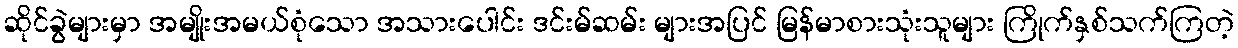
ဆိုင်ခွဲများမှာ အမျိုးအမယ်စုံသော အသားပေါင်း ဒင်းမ်ဆမ်း များအပြင် မြန်မာစားသုံးသူများ ကြိုက်နှစ်သက်ကြတဲ့